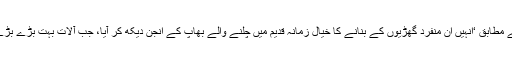
فرسک پی کے مطابق ‘انہیں ان منفرد گھڑیوں کے بنانے کا خیال زمانہ قدیم میں چلنے والے بھاپ کے انجن دیکھ کر آیا، جب آلات بہت بڑے بڑے ہوتے تھے۔